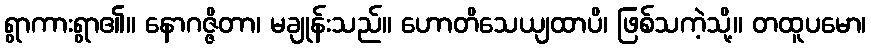
ရွာကားရွာ၏။ နောဂဇ္ဇိတာ၊ မချုန်းသည်။ ဟောတိသေယျထာပိ၊ ဖြစ်သကဲ့သို့။ တထူပမော၊